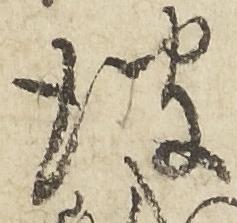
彼